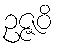
ဥဇ္ဇဝိ